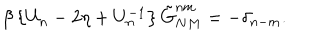
LaTeX: \beta \left\{ U _ { n } - 2 \eta + U _ { n } ^ { - 1 } \right\} \tilde { G } _ { N M } ^ { n m } = - \delta _ { n - m } .